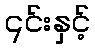
၎င်းနှင့်